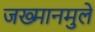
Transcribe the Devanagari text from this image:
जख्मानमुले